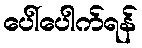
ပေါ်ပေါက်ရန်